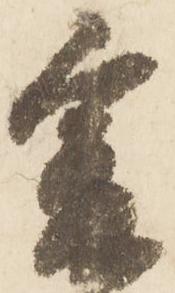
爰